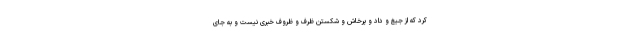
کرد که از جیغ و داد و پرخاش و شکستن ظرف و ظروف خبری نیست و به جای